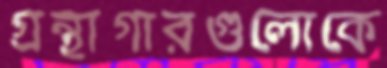
গ্রন্থাগারগুলোকে